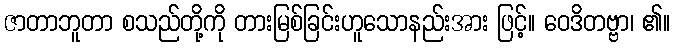
ဇာတာဘူတာ စသည်တို့ကို တားမြစ်ခြင်းဟူသောနည်းအား ဖြင့်။ ဝေဒိတဗ္ဗာ၊ ၏။